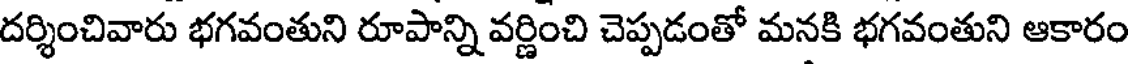
దర్శించివారు భగవంతుని రూపాన్ని వర్ణించి చెప్పడంతో మనకి భగవంతుని ఆకారం